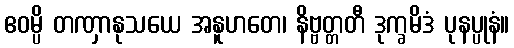
ဧဝမ္ပိ တဏှာနုသယေ အနူဟတေ၊ နိဗ္ဗတ္တတီ ဒုက္ခမိဒံ ပုနပ္ပုနံ။